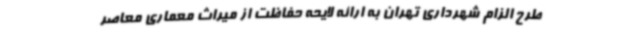
طرح الزام شهرداری تهران به ارائه لایحه حفاظت از میراث معماری معاصر